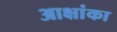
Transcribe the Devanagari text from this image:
आक्षांका